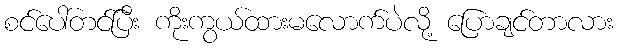
စင်ပေါ်တင်ပြီး ကိုးကွယ်ထားမလောက်ပဲလို့ ပြောချင်တာလား